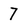
Character: 7